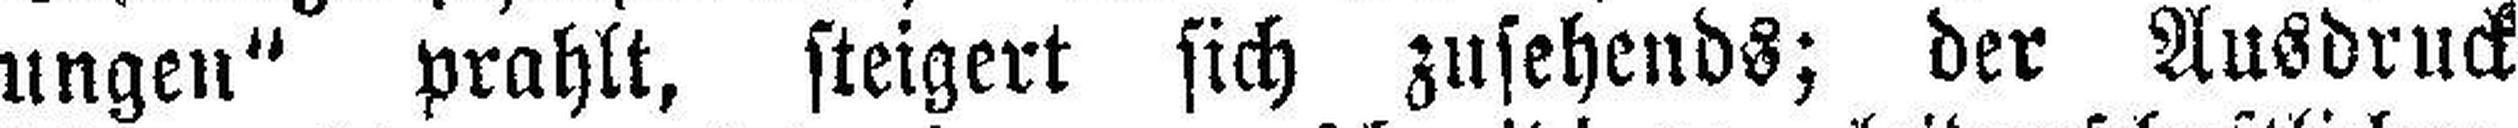
ungen" prahlt, steigert sich zusehends; der Ausdruck